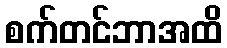
စက်တင်ဘာအထိ